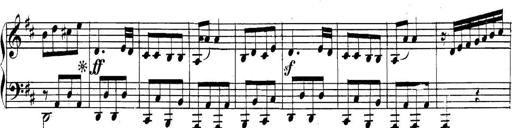
Title: Collected Piano Sonatas
Composer: Muzio Clementi